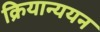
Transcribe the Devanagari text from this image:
क्रियान्ययन